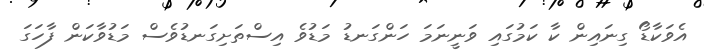
އެވަކާޑޯ ގިނައިން ކާ ކަމުގައި ވަނީނަމަ ހަންގަނޑު މަޑުވެ އިސްތަށިގަނޑުވެސް މަޑުވާކަން ފާހަގަ